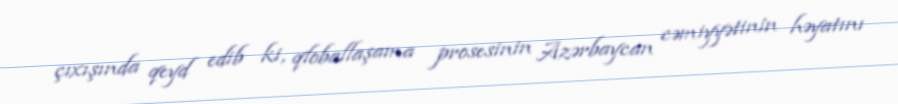
çıxışında qeyd edib ki, qloballaşama prosesinin Azərbaycan cəmiyyətinin həyatını